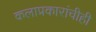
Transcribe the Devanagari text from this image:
कलाप्रकारांचीही